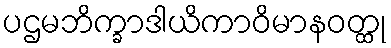
ပဌမဘိက္ခာဒါယိကာဝိမာနဝတ္ထု